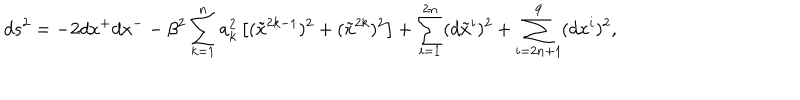
d s ^ { 2 } = - 2 d x ^ { + } d x ^ { -- } \beta ^ { 2 } \sum _ { k = 1 } ^ { n } a _ { k } ^ { 2 } \left[ ( \tilde { x } ^ { 2 k - 1 } ) ^ { 2 } + ( \tilde { x } ^ { 2 k } ) ^ { 2 } \right] + \sum _ { i = 1 } ^ { 2 n } ( d \tilde { x } ^ { i } ) ^ { 2 } + \sum _ { i = 2 n + 1 } ^ { 9 } ( d x ^ { i } ) ^ { 2 } ,